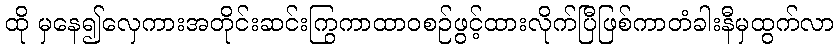
ထို မှနေ၍လှေကားအတိုင်းဆင်းကြွကာထာဝစဉ်ဖွင့်ထားလိုက်ပြီဖြစ်ကာတံခါးနီမှထွက်လာ